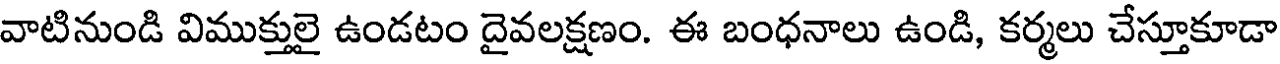
వాటినుండి విముక్తులై ఉండటం దైవలక్షణం. ఈ బంధనాలు ఉండి, కర్మలు చేస్తూకూడా